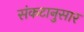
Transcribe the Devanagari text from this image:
संकटानुसार